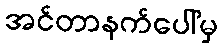
အင်တာနက်ပေါ်မှ